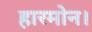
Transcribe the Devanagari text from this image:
हारमोन।